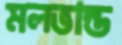
মলভান্ড